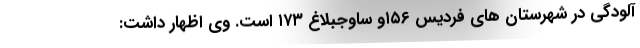
آلودگی در شهرستان های فردیس ١٥٦و ساوجبلاغ ١٧٣ است. وی اظهار داشت: